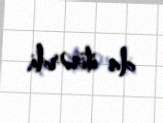
da itirərdi.